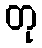
တု